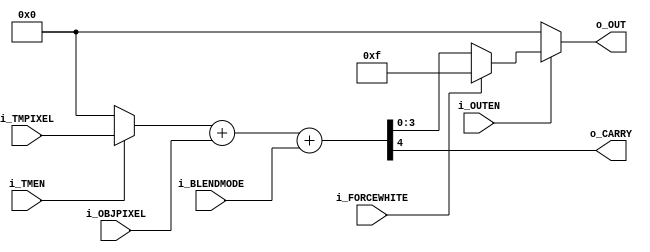
/*
    Copyright (C) 2022 Sehyeon Kim(Raki)
    
    This program is free software; you can redistribute it and/or
    modify it under the terms of the GNU General Public License
    as published by the Free Software Foundation; either version 2
    of the License, or any later version.
    
    This program is distributed in the hope that it will be useful,
    but WITHOUT ANY WARRANTY; without even the implied warranty of
    MERCHANTABILITY or FITNESS FOR A PARTICULAR PURPOSE. See the
    GNU General Public License for more details.
    
    You should have received a copy of the GNU General Public License
    along with this program; if not, write to the Free Software
    Foundation, Inc., 51 Franklin Street, Fifth Floor, Boston, MA 02110-1301, USA.
*/

/*
    Mitsubishi M67636 color blender
*/

module M67636
(
    input   wire    [3:0]   i_OBJPIXEL,
    input   wire    [3:0]   i_TMPIXEL,

    input   wire            i_TMEN, //tilemap pixel value enable
    input   wire            i_OUTEN, //output enable
    input   wire            i_FORCEWHITE, //force output white

    output  wire            o_CARRY,
    input   wire            i_BLENDMODE, //1 to subtract(2's complement), 0 to add

    output  wire    [3:0]   o_OUT
);

wire    [3:0]   TMMUX       = (i_TMEN == 1'b0) ? 4'h0 :
                              i_TMPIXEL;

wire    [4:0]   COLORADDER  = TMMUX + i_OBJPIXEL + i_BLENDMODE;
assign  o_CARRY = COLORADDER[4];

assign  o_OUT   = (i_OUTEN == 1'b0) ? 4'h0 :
                  (i_FORCEWHITE == 1'b1) ? 4'hF :
                  COLORADDER[3:0];

endmodule